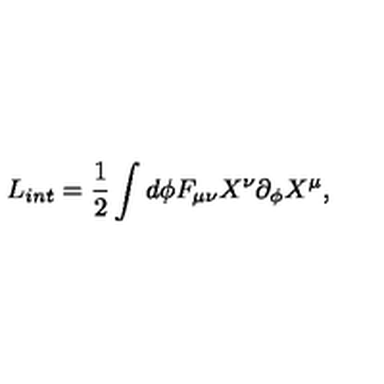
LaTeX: L _ { i n t } = \frac { 1 } { 2 } \int d \phi F _ { \mu \nu } X ^ { \nu } \partial _ { \phi } X ^ { \mu } ,